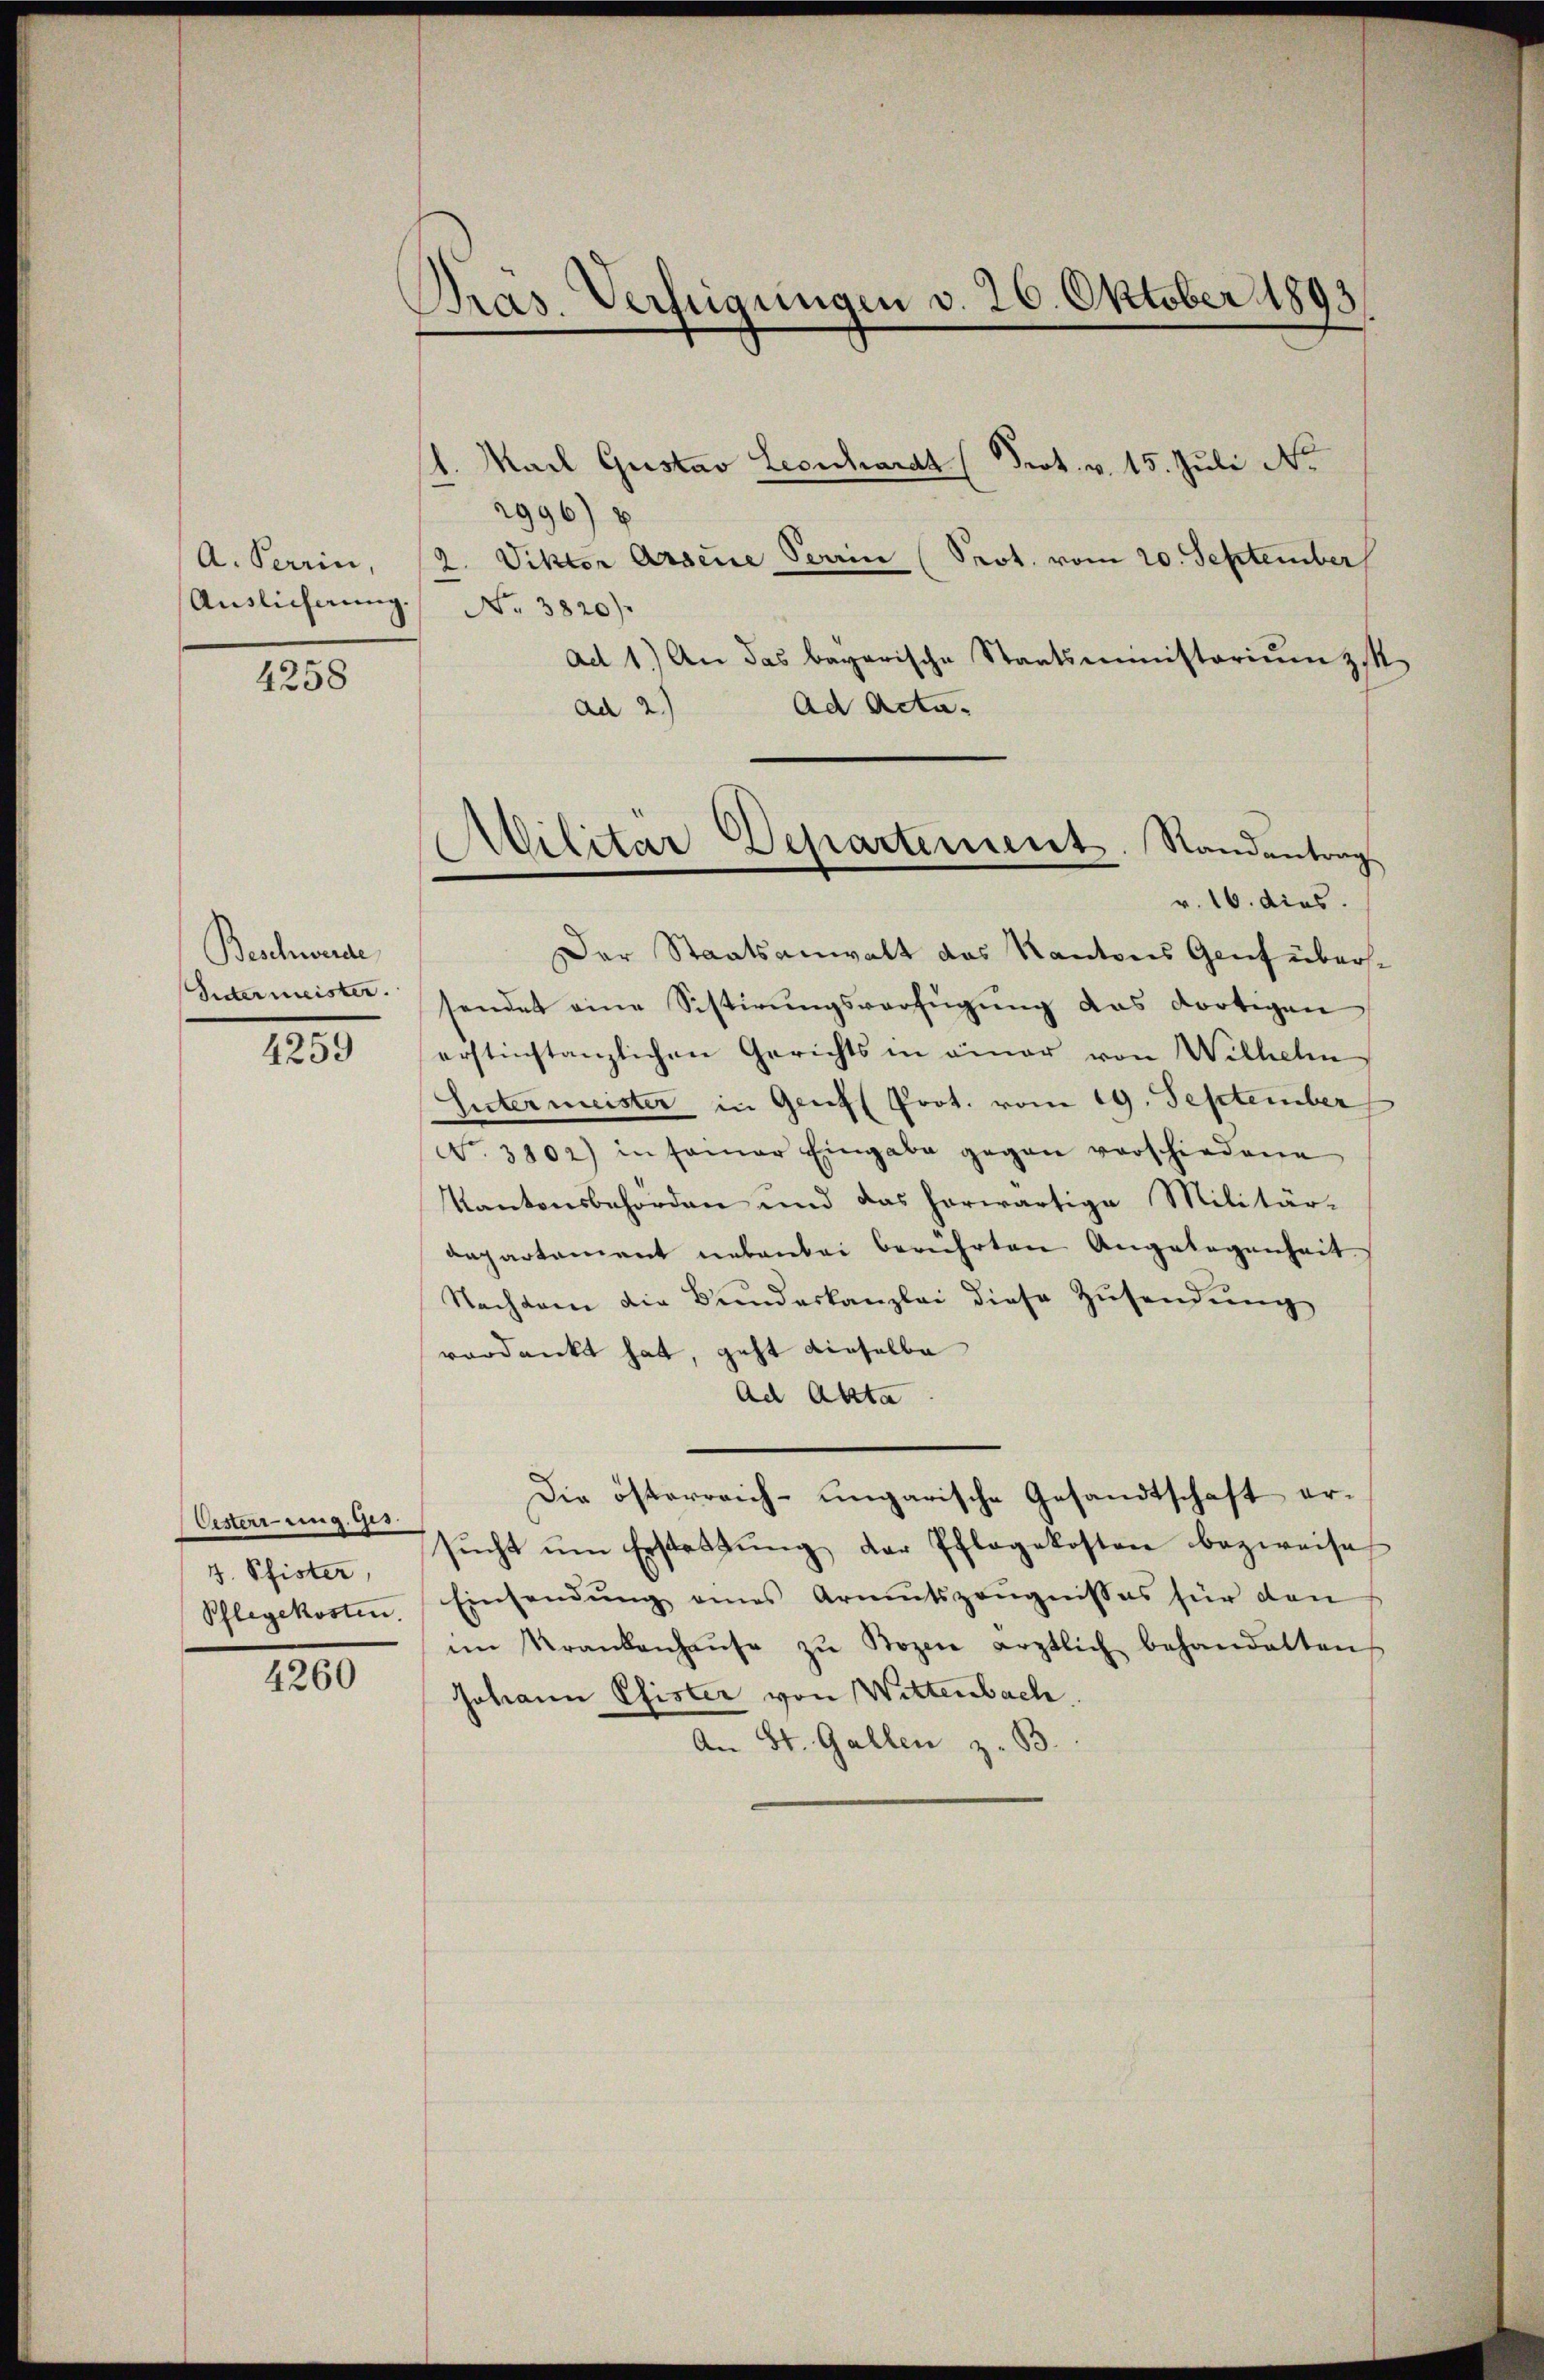
Auslicherung

4258

Beschwerde
Intermeister.

4259

Oesterrung. Ges.
J. Pfister,
Pflegekosten.

4260

Pras. Verfügungen v. 26. Oktober 1893

2996) b
No. 3820).
ad 1.) An das bayerische Staatsministorium zit
Ad Acta.
ad 2.)
Der Staatsanwalt das Kantons Genf überssendet eine Sistirungsverfügung das dortigen
erstinstanzlichen Gerichts in einer von Wilhelm
hntermeister in Genf Prot. vom 19. September
No. 3102) in seiner Eingabe gegen verschiedene
Kantonsbehörden und das herwärtige Militär-
aepartement nebenbei berührten Angelegenheit,
Nachdem die Bundeskanzlei diese Zusendung
verdankt hat, geht dieselbe
Ad Akta
Die österreich-ungarische Gesandtschaft ersŭcht um Erstattung der Pflegekosten bezweife
Einsendŭng eines Armutszeŭgnisses für den
im Krankenhaŭse zŭ Bozen ärztlich behandelten
Johann Pfister von Wittenbach.
An St. Gallen z. B.

l. Mail Gustav Leonhardt (Prot. v. 15. Juli No
A. Perrin, 12. Viktor Arsene Perin (Prot. vom 20. September

Militär Departement. Randantrag
v. 16. dies